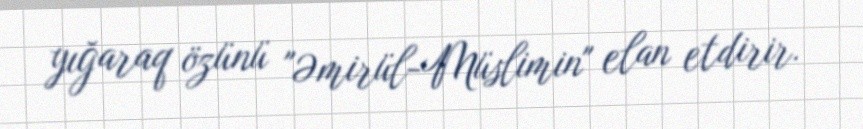
yığaraq özünü "Əmirül-Müslimin" elan etdirir.